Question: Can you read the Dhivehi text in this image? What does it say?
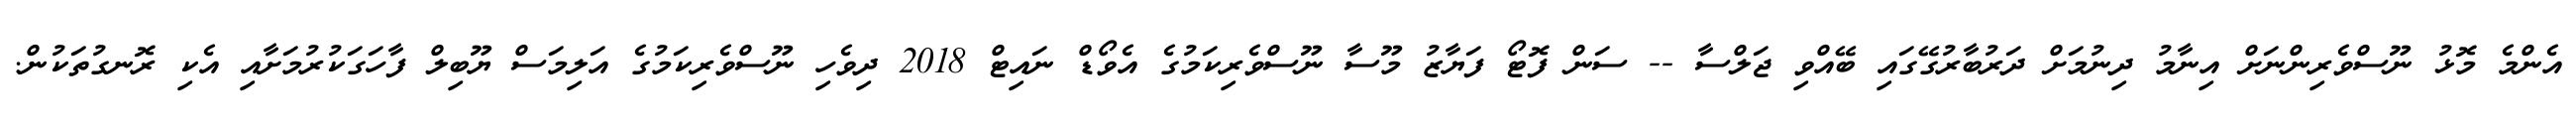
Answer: އެންމެ މޮޅު ނޫސްވެރިންނަށް އިނާމު ދިނުމަށް ދަރުބާރުގޭގައި ބޭއްވި ޖަލްސާ -- ސަން ފޮޓޯ ފަޔާޒު މޫސާ ނޫސްވެރިކަމުގެ އެވޯޑް ނައިޓް 2018 ދިވެހި ނޫސްވެރިކަމުގެ އަލިމަސް ޔޫބިލް ފާހަގަކުރުމަށާއި އެކި ރޮނގުތަކުން.